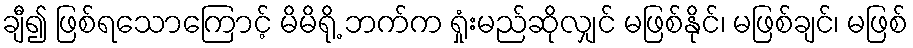
ချီ၍ ဖြစ်ရသောကြောင့် မိမိရို့ ဘက်က ရှုံးမည်ဆိုလျှင် မဖြစ်နိုင်၊ မဖြစ်ချင်၊ မဖြစ်